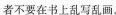
者不要在书上乱写乱画。